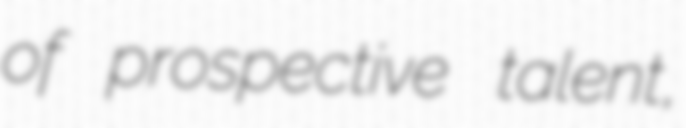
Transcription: of prospective talent,